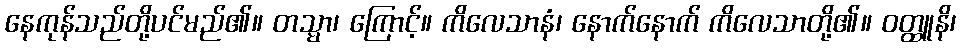
နေကုန်သည်တို့ပင်မည်၏။ တသ္မာ၊ ကြောင့်။ ကိလေသာနံ၊ နောက်နောက် ကိလေသာတို့၏။ ဝတ္ထူနိ၊